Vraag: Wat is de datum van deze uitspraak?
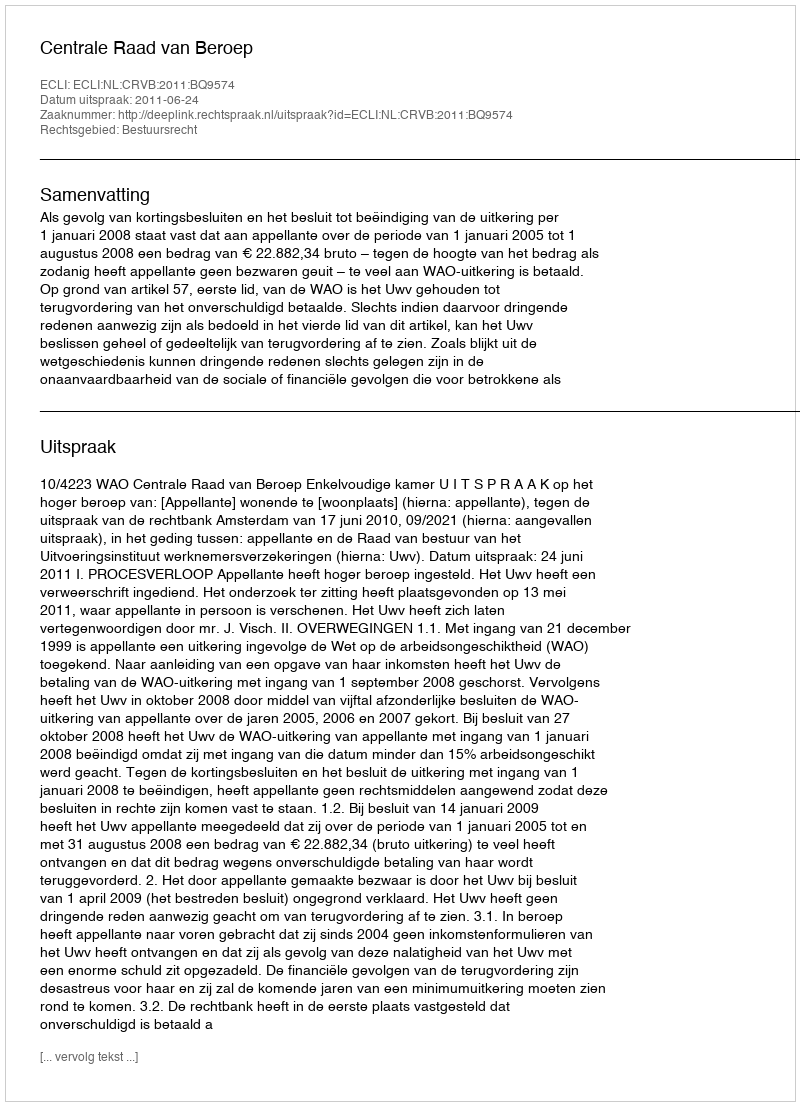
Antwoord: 2011-06-24